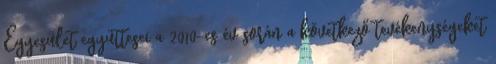
Egyesület együttesei a 2010-es év során a következő tevékenységeket